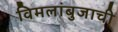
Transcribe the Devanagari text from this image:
विमलांबुजाची